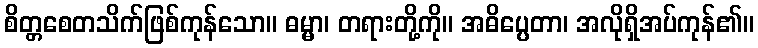
စိတ္တစေတသိက်ဖြစ်ကုန်သော။ ဓမ္မာ၊ တရားတို့ကို။ အဓိပ္ပေတာ၊ အလိုရှိအပ်ကုန်၏။